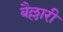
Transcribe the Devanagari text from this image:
बैल्लारी